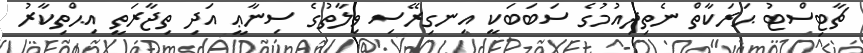
ޗާޓިސްޓު ޙަރަކާތް ނެތިދިއުމުގެ ސަބަބަކީ އިނގިރޭސި ވިލާތުގެ ސިނާޢީ އަދި ތިޖާރަތީ އިޙްތިކާރު